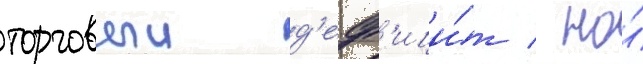
торговыи д'еф'ици́т / но́